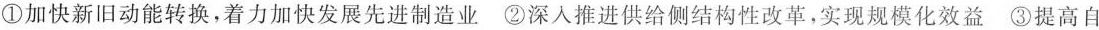
①加快新旧动能转换，着力加快发展先进制造业②深入推进供给侧结构性改革，实现规模化效益③提高自